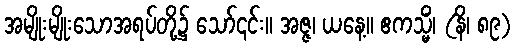
အမျိုးမျိုးသောအရပ်တို့၌ သော်၎င်း။ အဇ္ဇ၊ ယနေ့။ ဧကသ္မိံ၊ (နိ၊ ၈၉)